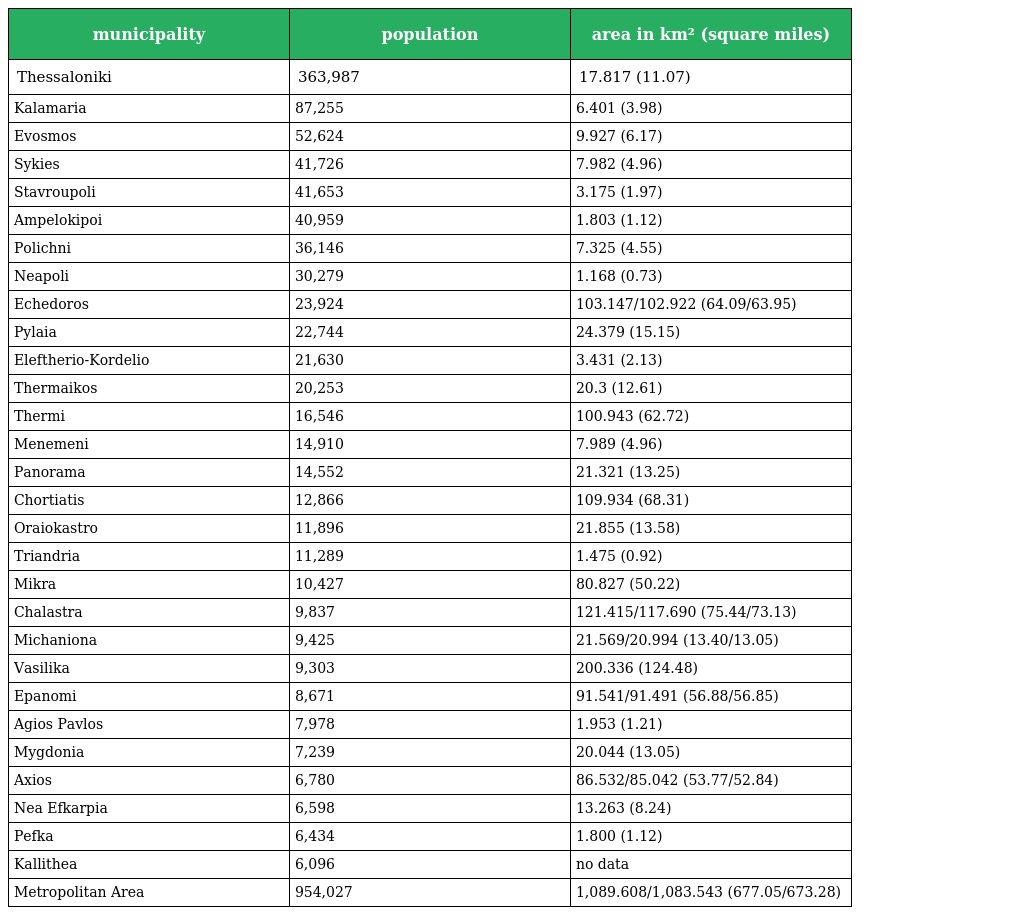
| municipality | population | area in km² (square miles) |
 | --- | --- | --- |
 | Thessaloniki | 363,987 | 17.817 (11.07) |
 | Kalamaria | 87,255 | 6.401 (3.98) |
 | Evosmos | 52,624 | 9.927 (6.17) |
 | Sykies | 41,726 | 7.982 (4.96) |
 | Stavroupoli | 41,653 | 3.175 (1.97) |
 | Ampelokipoi | 40,959 | 1.803 (1.12) |
 | Polichni | 36,146 | 7.325 (4.55) |
 | Neapoli | 30,279 | 1.168 (0.73) |
 | Echedoros | 23,924 | 103.147/102.922 (64.09/63.95) |
 | Pylaia | 22,744 | 24.379 (15.15) |
 | Eleftherio-Kordelio | 21,630 | 3.431 (2.13) |
 | Thermaikos | 20,253 | 20.3 (12.61) |
 | Thermi | 16,546 | 100.943 (62.72) |
 | Menemeni | 14,910 | 7.989 (4.96) |
 | Panorama | 14,552 | 21.321 (13.25) |
 | Chortiatis | 12,866 | 109.934 (68.31) |
 | Oraiokastro | 11,896 | 21.855 (13.58) |
 | Triandria | 11,289 | 1.475 (0.92) |
 | Mikra | 10,427 | 80.827 (50.22) |
 | Chalastra | 9,837 | 121.415/117.690 (75.44/73.13) |
 | Michaniona | 9,425 | 21.569/20.994 (13.40/13.05) |
 | Vasilika | 9,303 | 200.336 (124.48) |
 | Epanomi | 8,671 | 91.541/91.491 (56.88/56.85) |
 | Agios Pavlos | 7,978 | 1.953 (1.21) |
 | Mygdonia | 7,239 | 20.044 (13.05) |
 | Axios | 6,780 | 86.532/85.042 (53.77/52.84) |
 | Nea Efkarpia | 6,598 | 13.263 (8.24) |
 | Pefka | 6,434 | 1.800 (1.12) |
 | Kallithea | 6,096 | no data |
 | Metropolitan Area | 954,027 | 1,089.608/1,083.543 (677.05/673.28) |